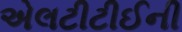
એલટીટીઈની